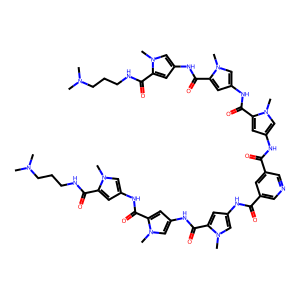
SMILES: CN(C)CCCNC(=O)c1cc(NC(=O)c2cc(NC(=O)c3cc(NC(=O)c4cncc(C(=O)Nc5cc(C(=O)Nc6cc(C(=O)Nc7cc(C(=O)NCCCN(C)C)n(C)c7)n(C)c6)n(C)c5)c4)cn3C)cn2C)cn1C
Inhibits HIV replication: No